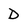
Character: D